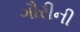
ગૌરીની